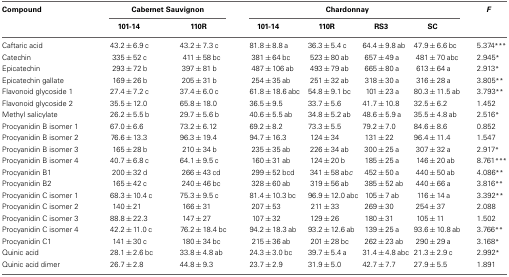
<table><thead><tr><td><b>Compound</b></td><td colspan="2"><b>Cabernet Sauvignon</b></td><td colspan="4"><b>Chardonnay</b></td><td><b><i>F</i></b></td></tr><tr><td></td><td><b>101-14</b></td><td><b>110R</b></td><td><b>101-14</b></td><td><b>110R</b></td><td><b>RS3</b></td><td><b>SC</b></td><td></td></tr></thead><tbody><tr><td>Caftaric acid</td><td>43.2±6.9 c</td><td>43.2±7.3 c</td><td>81.8±8.8 a</td><td>36.3±5.4 c</td><td>64.4±9.8 ab</td><td>47.9±6.6 bc</td><td>5.374<sup>***</sup></td></tr><tr><td>Catechin</td><td>335±52 c</td><td>411±58 bc</td><td>381±64 bc</td><td>523±80 ab</td><td>657±49 a</td><td>481±70 abc</td><td>2.945<sup>*</sup></td></tr><tr><td>Epicatechin</td><td>293±72 b</td><td>397±81 b</td><td>487±106 ab</td><td>493±79 ab</td><td>665±80 a</td><td>613±64 a</td><td>2.913<sup>*</sup></td></tr><tr><td>Epicatechin gallate</td><td>169±26 b</td><td>205±31 b</td><td>254±35 ab</td><td>251±32 ab</td><td>318±30 a</td><td>316±28 a</td><td>3.805<sup>**</sup></td></tr><tr><td>Flavonoid glycoside 1</td><td>27.4±7.2 c</td><td>37.4±6.0 c</td><td>61.8±18.6 abc</td><td>54.8±9.1 bc</td><td>101±23 a</td><td>80.3±11.5 ab</td><td>3.793<sup>**</sup></td></tr><tr><td>Flavonoid glycoside 2</td><td>35.5±12.0</td><td>65.8±18.0</td><td>36.5±9.5</td><td>33.7±5.6</td><td>41.7±10.8</td><td>32.5±6.2</td><td>1.452</td></tr><tr><td>Methyl salicylate</td><td>26.2±5.5 b</td><td>29.7±5.6 b</td><td>40.6±5.5 ab</td><td>34.8±5.2 ab</td><td>48.6±5.9 a</td><td>35.5±4.8 ab</td><td>2.516<sup>*</sup></td></tr><tr><td>Procyanidin B isomer 1</td><td>67.0±6.6</td><td>73.2±6.12</td><td>69.2±8.2</td><td>73.3±5.5</td><td>79.2±7.0</td><td>84.6±8.6</td><td>0.852</td></tr><tr><td>Procyanidin B isomer 2</td><td>76.6±13.3</td><td>96.3±19.4</td><td>94.7±16.3</td><td>124±34</td><td>131±22</td><td>96.4±11.4</td><td>1.547</td></tr><tr><td>Procyanidin B isomer 3</td><td>165±28 b</td><td>210±34 b</td><td>235±35 ab</td><td>226±34 ab</td><td>300±25 a</td><td>307±32 a</td><td>2.917<sup>*</sup></td></tr><tr><td>Procyanidin B isomer 4</td><td>40.7±6.8 c</td><td>64.1±9.5 c</td><td>160±31 ab</td><td>124±20 b</td><td>185±25 a</td><td>146±20 ab</td><td>8.761<sup>***</sup></td></tr><tr><td>Procyanidin B1</td><td>200±32 d</td><td>266±43 cd</td><td>299±52 bcd</td><td>341±58 abc</td><td>452±50 a</td><td>440±50 ab</td><td>4.086<sup>**</sup></td></tr><tr><td>Procyanidin B2</td><td>165±42 c</td><td>240±46 bc</td><td>328±60 ab</td><td>319±56 ab</td><td>385±52 ab</td><td>440±66 a</td><td>3.816<sup>**</sup></td></tr><tr><td>Procyanidin C isomer 1</td><td>68.3±10.4 c</td><td>75.3±9.5 c</td><td>81.4±10.3 bc</td><td>96.9±12.0 abc</td><td>105±7 ab</td><td>116±14 a</td><td>3.392<sup>**</sup></td></tr><tr><td>Procyanidin C isomer 2</td><td>140±21</td><td>166±31</td><td>207±53</td><td>211±33</td><td>269±30</td><td>254±37</td><td>2.088</td></tr><tr><td>Procyanidin C isomer 3</td><td>88.8±22.3</td><td>147±27</td><td>107±32</td><td>129±26</td><td>180±31</td><td>105±11</td><td>1.502</td></tr><tr><td>Procyanidin C isomer 4</td><td>42.2±11.0 c</td><td>76.2±18.4 bc</td><td>94.2±18.3 ab</td><td>93.2±12.6 ab</td><td>139±25 a</td><td>93.6±10.8 ab</td><td>3.766<sup>**</sup></td></tr><tr><td>Procyanidin C1</td><td>141±30 c</td><td>180±34 bc</td><td>215±36 ab</td><td>201±28 bc</td><td>262±23 ab</td><td>290±29 a</td><td>3.168<sup>*</sup></td></tr><tr><td>Quinic acid</td><td>28.1±2.6 bc</td><td>33.8±4.8 ab</td><td>24.3±3.0 bc</td><td>39.7±5.4 a</td><td>31.4±4.8 abc</td><td>21.3±2.9 c</td><td>2.992<sup>*</sup></td></tr><tr><td>Quinic acid dimer</td><td>26.7±2.8</td><td>44.8±9.3</td><td>23.7±2.9</td><td>31.9±5.0</td><td>42.7±7.7</td><td>27.9±5.5</td><td>1.891</td></tr></tbody></table>